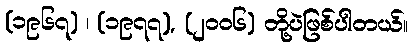
(၁၉၆၇) ၊ (၁၉၇၇), (၂၀၀၆) တို့ပဲဖြစ်ပါတယ်။